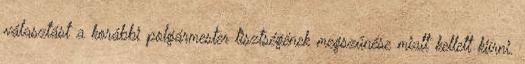
választást a korábbi polgármester tisztségének megszűnése miatt kellett kiírni.